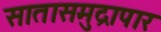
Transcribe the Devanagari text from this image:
सातासमुद्रापार